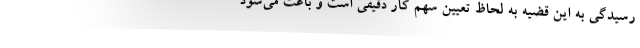
رسیدگی به این قضیه به لحاظ تعیین سهم کار دقیقی است و باعث می‌شود